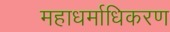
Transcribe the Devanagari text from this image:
महाधर्माधिकरण